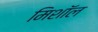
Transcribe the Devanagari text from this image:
मिशॉल